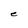
Character: e